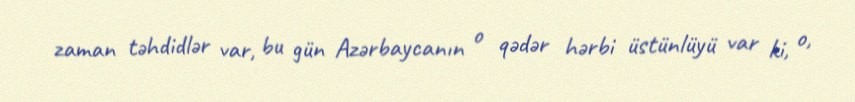
zaman təhdidlər var, bu gün Azərbaycanın o qədər hərbi üstünlüyü var ki, o,